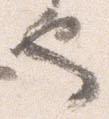
也